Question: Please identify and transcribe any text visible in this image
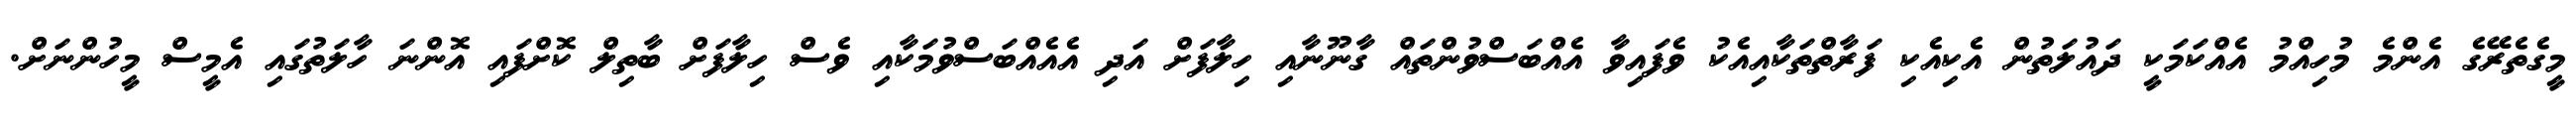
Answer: މީގެތެރޭގެ އެންމެ މުހިއްމު އެއްކަމަކީ ދައުލަތުން އެކިއެކި ފަރާތްތަކާއިއެކު ވެފައިވާ އެއްބަސްވުންތައް ގާނޫނާއި ހިލާފަށް އަދި އެއެއްބަސްވުމަކާއި ވެސް ހިލާފަށް ބާތިލް ކޮށްފައި އޮންނަ ހާލަތުގައި އެމީސް މީހުންނަށް.